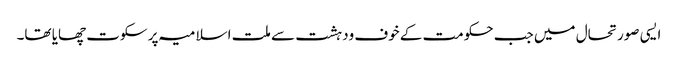
ایسی صورتحال میں جب حکومت کے خوف ودہشت سے ملت اسلامیہ پر سکوت چھایا تھا۔